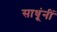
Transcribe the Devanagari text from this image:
साधूंनीं